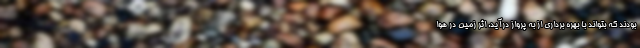
بودند که بتواند با بهره برداری از به پرواز درآید. اثر زمین در هوا